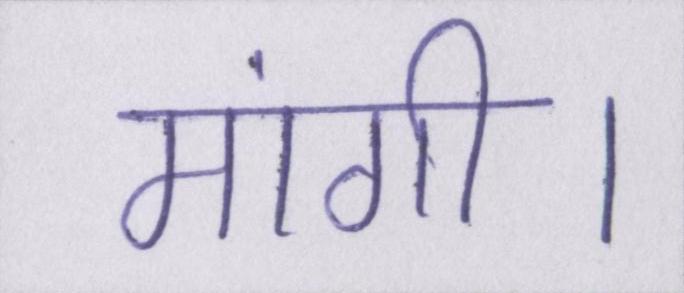
मांगी।